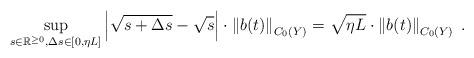
LaTeX: \begin{align*}\sup_{s \in {\mathbb{R}^{\ge 0}} , \Delta s \in [0, \eta L ] } \left| \sqrt{ s + \Delta s } - \sqrt{s} \right| \cdot \left\| b (t) \right\|_{{C}_{0}(Y)} = &\ \sqrt{ \eta L } \cdot \left\| b (t) \right\|_{{C}_{0}(Y)} \; .\end{align*}